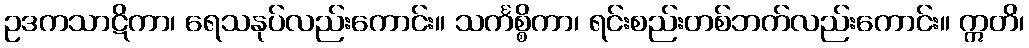
ဥဒကသာဋိကာ၊ ရေသနုပ်လည်းကောင်း။ သင်္ကစ္စိကာ၊ ရင်းစည်းတစ်ဘက်လည်းကောင်း။ ဣတိ၊